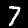
Digit: 7